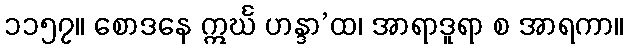
၁၁၅၇။ စောဒနေ ဣင်္ဃ ဟန္ဒာ’ထ၊ အာရာဒူရာ စ အာရကာ။